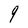
Character: 9